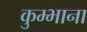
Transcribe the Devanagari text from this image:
कुम्भाना